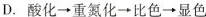
D.酸化\rightarrow重氮化\rightarrow比色\rightarrow显色